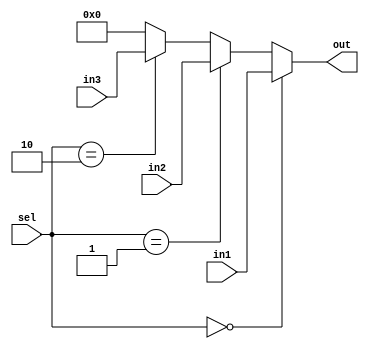
`timescale 1ns/1ns

module MUX3to1(in1, in2, in3, sel, out);
  parameter Length = 32;
  input[Length-1:0] in1, in2, in3;
  input[1:0] sel;
  
  output[Length-1:0] out;
  assign out =
    (sel==2'b00) ? in1 :
    (sel==2'b01) ? in2 :
    (sel==2'b10) ? in3 : 0;
endmodule